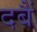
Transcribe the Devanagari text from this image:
दबैं